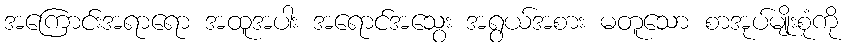
အကြောင်းအရာရော အထူအပါး အရောင်အသွေး အရွယ်အစား မတူသော စာအုပ်မျိုးစုံကို